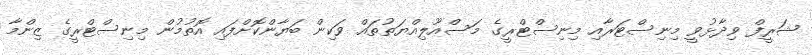
ޝަރީފް ވިދާޅުވީ މިނިސްޓަރާއި މިނިސްޓްރީގެ މަސްއޫލިއްޔަތުތައް ވަކިން ބަޔާންކޮށްފައި އޮތުމުން މިނިސްޓްރީގެ ޒިންމާ